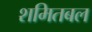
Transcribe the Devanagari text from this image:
शमितबल